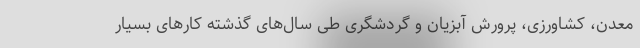
معدن، کشاورزی، پرورش آبزیان و گردشگری طی سال‌های گذشته کارهای بسیار